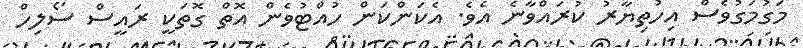
މަގުމަގުވެސް އިހުތިޔާރު ކުރައްވާނެ އެވެ. އެކަންކަން ހުއްޓުވެން އޮތް ގޮތަކީ ރައީސް ސޯލިހް